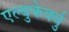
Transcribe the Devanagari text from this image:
एल्बुकेर्क्यु